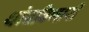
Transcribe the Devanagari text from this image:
थांबविणारी